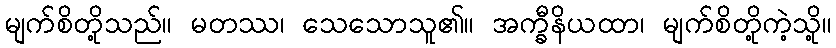
မျက်စိတို့သည်။ မတဿ၊ သေသောသူ၏။ အက္ခီနိယထာ၊ မျက်စိတို့ကဲ့သို့။